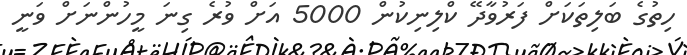
ހިތުގެ ބަލިތަކަށް ފަރުވާދޭ ކްލިނިކުން 5000 އަށް ވުރެ ގިނަ މީހުންނަށް ވަނީ